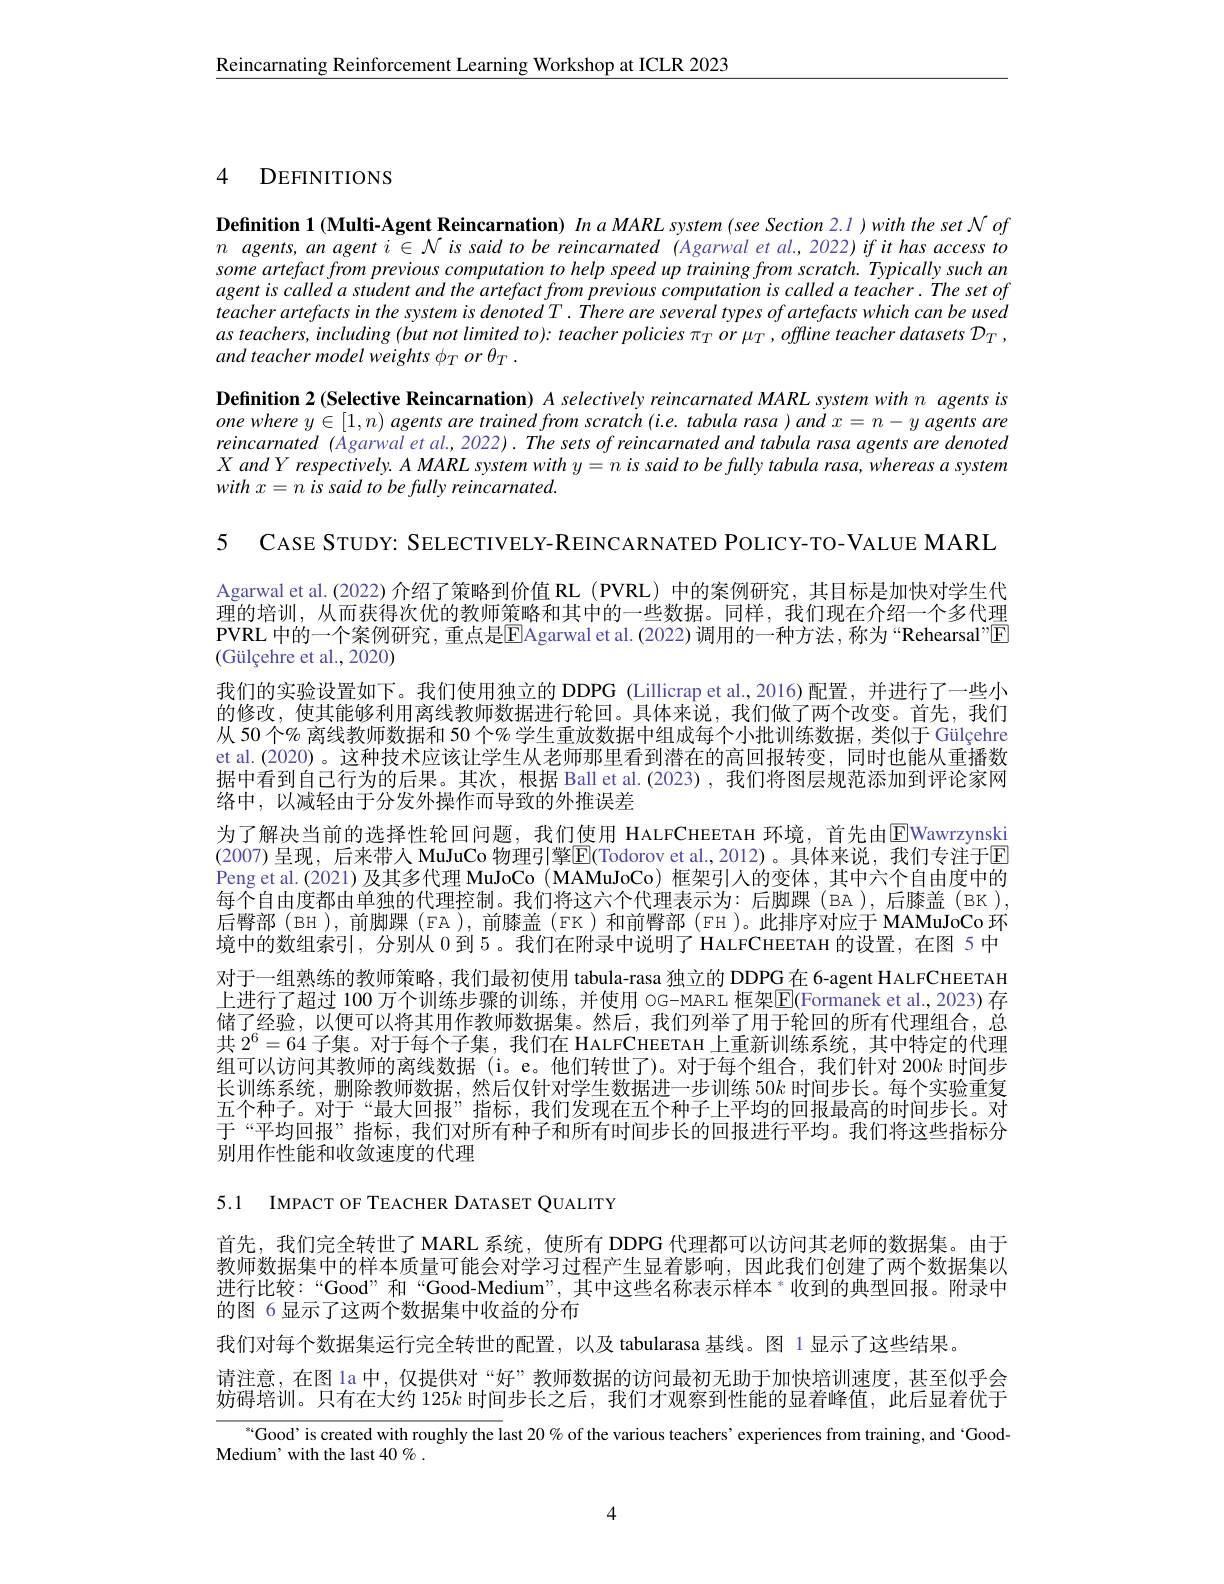
Reincarnating Reinforcement Learning Workshop at ICLR 2023

## 4 DEFINITIONS

Definition 1 (Multi-Agent Reincarnation) In aMARL system (see Section 2.1)with the set $\mathcal{N}of$ $n$ agents, an agent $i\in\mathcal{N}$ is said to be reincarnated (Agarwal et al., 2022) if it has access to some artefact from previous computation to help speed up training from scratch. Typically such an agent is called a student and the artefact from previous computation is called a teacher. The set of teacher artefacts in the system is denoted T. There are several types of artefacts which can be used $as$ teachers, including (but not limited to): teacher policies π or μ , offline teacher datasets $\mathcal{D}_T$, and teacher model weights $\phi_T$ or $\theta_T.$

Definition 2 (Selective Reincarnation) $A\textit{selectively reincarnated MARL system with n agents is}$ one where $y\in [ 1, n)$ agents are trained from scratch $( i. e.$ tabula rasa ) and $x= n- y$ agents are reincarnated (Agarwal et al., 2022). The sets of reincarnated and tabula rasa agents are denoted $X$ and Y respectively. A MARL system with $y=n$ is said to be fully tabula rasa, whereas a system $withx= n\textit{is said to be fully reincarnated. }$

5 CASE STUDY: SELECTIVELY-REINCARNATED POLICY-TO-VALUE MARL

Agarwal et al.(2022)介绍了策略到价值 RL (PVRL) 中的案例研究，其目标是加快对学生代理的培训，从而获得次优的教师策略和其中的一些数据。同样，我们现在介绍一个多代理PVRL 中的一个案例研究，重点是$\overline{\mathrm{E}}$Agarwal et al. (2022) 调用的一种方法，称为“Rehearsal”$\boxed{\mathrm{F}}$ $( \text{G\"{u} l\c{c} ehre et al. , 2020})$
我们的实验设置如下。我们使用独立的 DDPG (Lillicrap et al., 2016)配置，并进行了一些小的修改，使其能够利用离线教师数据进行轮回。具体来说，我们做了两个改变。首先，我们从 50 个% 离线教师数据和 50 个% 学生重放数据中组成每个小批训练数据，类似于 Gülçehre et al.(2020)。这种技术应该让学生从老师那里看到潜在的高回报转变，同时也能从重播数据中看到自己行为的后果。其次，根据 Ball et al.(2023), 我们将图层规范添加到评论家网络中，以减轻由于分发外操作而导致的外推误差
为了解决当前的选择性轮回问题，我们使用 HALFCHEETAH 环境，首先由$\overline{\mathrm{E}}$Wawrzynski (2007)呈现，后来带入 MuJuCo 物理引擎$\boxed{\mathrm{E}}($Todorov et al.,2012)。具体来说，我们专注于E Peng et al.(2021) 及其多代理 MuJoCo ( MAMuJoCo) 框架引人的变体，其中六个自由度中的每个自由度都由单独的代理控制。我们将这六个代理表示为：后脚踝(BA),后膝盖(BK), 后臀部(BH),前脚踝(FA),前膝盖(FK)和前臀部(FH)。此排序对应于 MAMuJoCo 环境中的数组索引，分别从0到 5。我们在附录中说明了 HALFCHEETAH 的设置，在图 5 中对于一组熟练的教师策略，我们最初使用 tabula-rasa 独立的 DDPG在 6-agent HALFCHEETAH 上进行了超过 100 万个训练步骤的训练，并使用 OG-MARL 框架$\boxed{\mathrm{F}}($Formanek et al., 2023) 存储了经验，以便可以将其用作教师数据集。然后，我们列举了用于轮回的所有代理组合，总共$2^6=64$子集。对于每个子集，我们在 HALFCHEETAH 上重新训练系统，其中特定的代理组可以访问其教师的离线数据 (i。e。他们转世了)。对于每个组合，我们针对 200k 时间步长训练系统，删除教师数据，然后仅针对学生数据进一步训练 50$k$时间步长。每个实验重复五个种子。对于“最大回报”指标，我们发现在五个种子上平均的回报最高的时间步长。对于“平均回报”指标，我们对所有种子和所有时间步长的回报进行平均。我们将这些指标分别用作性能和收敛速度的代理

5.1 IMPACT OF TEACHER DATASET QUALITY

首先，我们完全转世了 MARL 系统，使所有 DDPG 代理都可以访问其老师的数据集。由于教师数据集中的样本质量可能会对学习过程产生显着影响，因此我们创建了两个数据集以进行比较：“Good” 和“Good-Medium”, 其中这些名称表示样本 $^{*}$收到的典型回报。附录中的图 6 显示了这两个数据集中收益的分布
我们对每个数据集运行完全转世的配置，以及 tabularasa 基线。图 1显示了这些结果。
请注意，在图 la 中，仅提供对“好”教师数据的访问最初无助于加快培训速度，甚至似乎会妨碍培训。只有在大约 125$k$时间步长之后，我们才观察到性能的显着峰值，此后显着优于
$^{**}$Good' is created with roughly the last 20% of the various teachers’experiences from training, and ‘Good-

Medium' with the last 40 % .

4